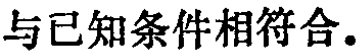
与已知条件相符合.